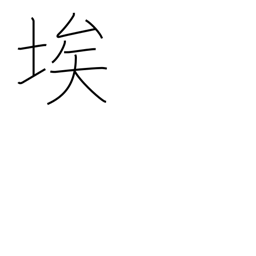
Meaning: dust